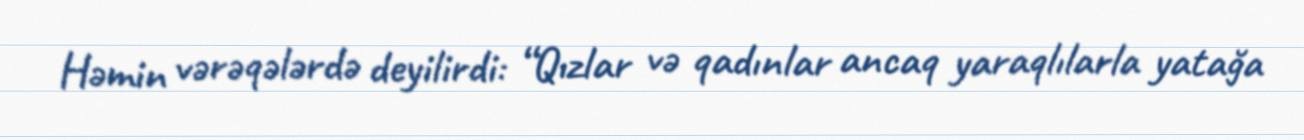
Həmin vərəqələrdə deyilirdi: “Qızlar və qadınlar ancaq yaraqlılarla yatağa